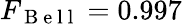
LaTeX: F_{\mathrm{~B~e~l~l~}}=0.997